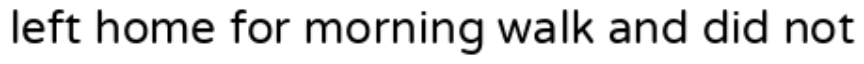
left home for morning walk and did not